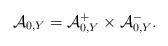
LaTeX: \begin{align*}\mathcal{A}_{0,Y}=\mathcal{A}_{0,Y}^+\times\mathcal{A}_{0,Y}^-.\end{align*}